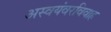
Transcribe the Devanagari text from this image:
अस्वयंवरविवाह